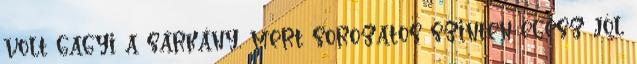
volt gagyi a sárkány, mert sorozatos szinten egész jól